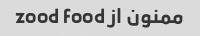
ممنون از zood food